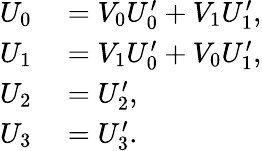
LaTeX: \begin{array}{rl}{U_{0}}&{{}=V_{0}U_{0}^{\prime}+V_{1}U_{1}^{\prime},}\\ {U_{1}}&{{}=V_{1}U_{0}^{\prime}+V_{0}U_{1}^{\prime},}\\ {U_{2}}&{{}=U_{2}^{\prime},}\\ {U_{3}}&{{}=U_{3}^{\prime}.}\end{array}